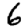
Digit: 6